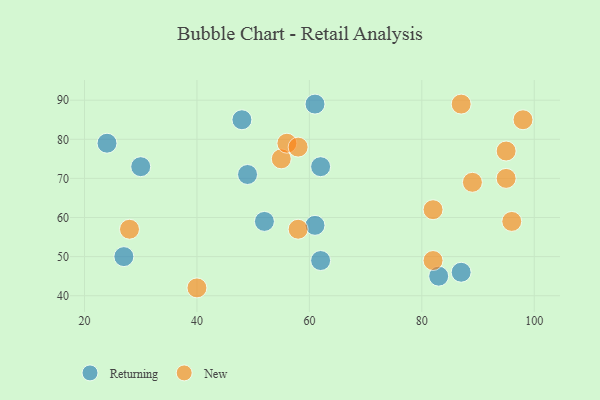
{"axis": {"x": "GDP", "y": "Life Expectancy"}, "legend": ["New", "Returning"], "data": [{"x": "27", "y": 50, "type": "Returning"}, {"x": "61", "y": 89, "type": "Returning"}, {"x": "49", "y": 71, "type": "Returning"}, {"x": "30", "y": 73, "type": "Returning"}, {"x": "83", "y": 45, "type": "Returning"}, {"x": "62", "y": 73, "type": "Returning"}, {"x": "52", "y": 59, "type": "Returning"}, {"x": "87", "y": 46, "type": "Returning"}, {"x": "62", "y": 49, "type": "Returning"}, {"x": "48", "y": 85, "type": "Returning"}, {"x": "24", "y": 79, "type": "Returning"}, {"x": "61", "y": 58, "type": "Returning"}, {"x": "98", "y": 85, "type": "New"}, {"x": "82", "y": 49, "type": "New"}, {"x": "82", "y": 62, "type": "New"}, {"x": "96", "y": 59, "type": "New"}, {"x": "55", "y": 75, "type": "New"}, {"x": "56", "y": 79, "type": "New"}, {"x": "87", "y": 89, "type": "New"}, {"x": "40", "y": 42, "type": "New"}, {"x": "95", "y": 77, "type": "New"}, {"x": "89", "y": 69, "type": "New"}, {"x": "58", "y": 57, "type": "New"}, {"x": "58", "y": 78, "type": "New"}, {"x": "28", "y": 57, "type": "New"}, {"x": "95", "y": 70, "type": "New"}]}